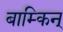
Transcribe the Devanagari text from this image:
बाम्किन्